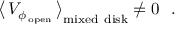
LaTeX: \big \langle \, { \cal V } _ { \phi _ { \mathrm { \, o p e n } } } \, \big \rangle _ { \mathrm { m i x e d ~ d i s k } } \not = 0 ~ ~ .